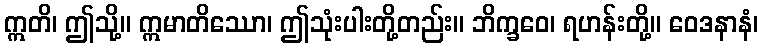
ဣတိ၊ ဤသို့။ ဣမာတိဿော၊ ဤသုံးပါးတို့တည်း။ ဘိက္ခဝေ၊ ရဟန်းတို့။ ဝေဒနာနံ၊